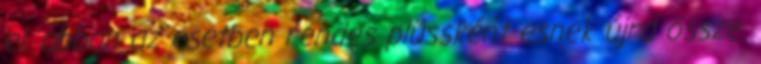
el, abban az esetben rendes plüssként esnek újra össze.